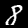
Label: 8